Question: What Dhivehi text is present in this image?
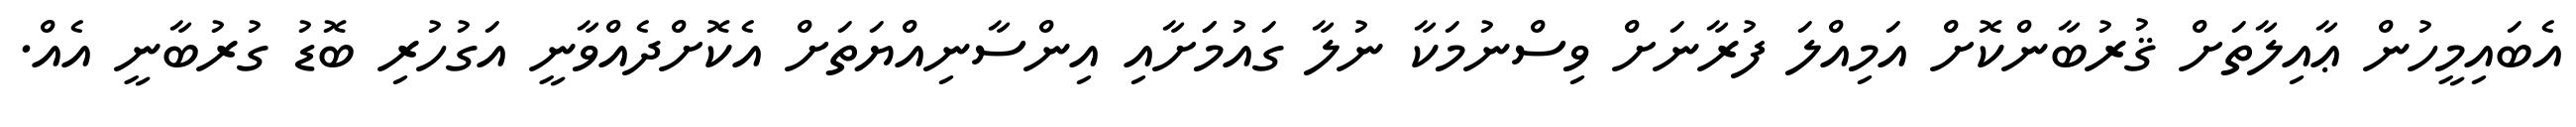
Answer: އެބައިމީހުން ޢާއިލާތަށް ޤުރުބާންކޮށް އަމިއްލަ ފުރާނަށް ވިސްނުމަކާ ނުލާ ގައުމަަށާއި އިންސާނިއްޔަތަށް އެކޮށްދެއްވާނީ އަގުހުރި ބޮޑު ގުރުބާނީ އެއް.